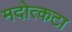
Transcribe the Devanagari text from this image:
मदोत्कटा